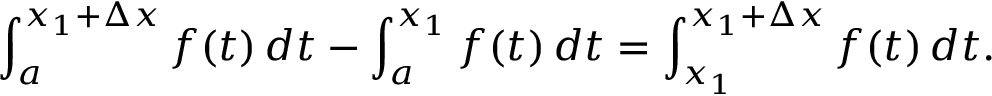
\int _ { a } ^ { x _ { 1 } + \Delta x } f ( t ) \, d t - \int _ { a } ^ { x _ { 1 } } f ( t ) \, d t = \int _ { x _ { 1 } } ^ { x _ { 1 } + \Delta x } f ( t ) \, d t .